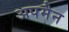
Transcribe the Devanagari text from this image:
अपमैन